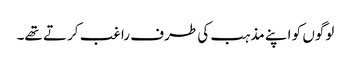
لوگوں کو اپنے مذہب کی طرف راغب کرتے تھے۔